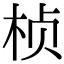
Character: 桢